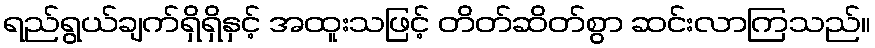
ရည်ရွယ်ချက်ရှိရှိနှင့် အထူးသဖြင့် တိတ်ဆိတ်စွာ ဆင်းလာကြသည်။